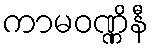
ကာမဝဏ္ဏိနီ